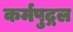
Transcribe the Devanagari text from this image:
कर्मपुद्गल